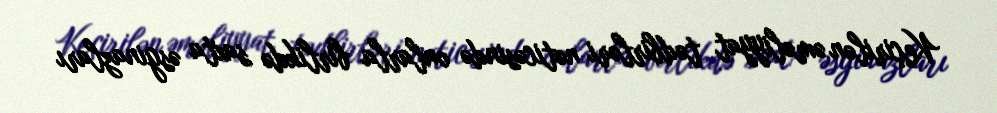
Keçirilən əməliyyat tədbirləri nəticəsində onlarla birlikdə saxta əsginazları